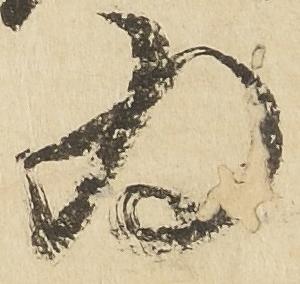
為